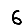
Digit: 6